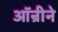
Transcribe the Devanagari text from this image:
ऑन्रीने